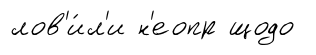
лов'и́л'и н'еопр щодо